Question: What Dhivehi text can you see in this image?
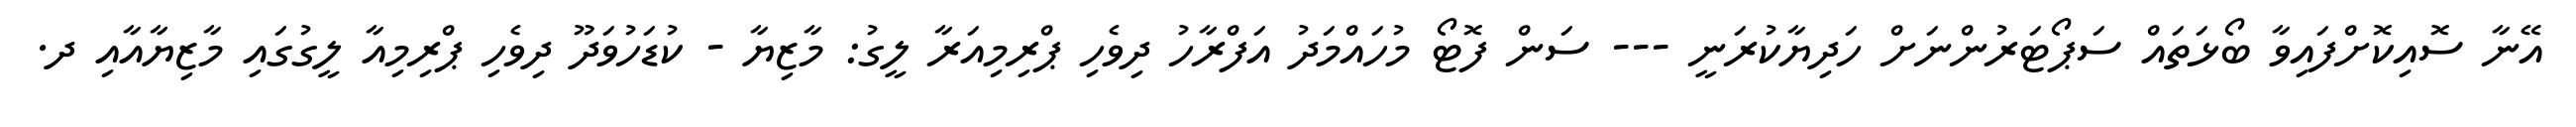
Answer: އޭނާ ސޮއިކޮށްފައިވާ ބޯޅަތައް ސަޕޯޓަރުންނަށް ހަދިޔާކުރަނީ --- ސަން ފޮޓޯ މުހައްމަދު އަފްރާހު ދިވެހި ޕްރިމިއަރާ ލީގު: މާޒިޔާ - ކުޑަހުވަދޫ ދިވެހި ޕްރިމިއާ ލީގުގައި މާޒިޔާއާއި ދ.